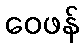
ဝေဖန်